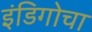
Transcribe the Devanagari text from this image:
इंडिगोचा